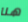
هنا